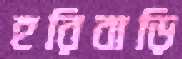
হরিবাড়ি